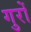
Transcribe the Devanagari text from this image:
गुरों